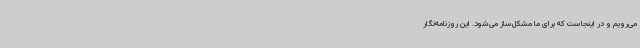
می‌رویم و در اینجاست که برای ما مشکل‌ساز می‌شود. این روزنامه‌نگار